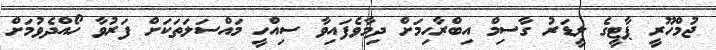
ޖުމްހޫރީ ޕާޓީގެ ލީޑަރު ގާސިމް އިބްރާހިމަށް ދިމާވެފައިވާ ސިއްހީ މައްސަލަތަކަށް ފަރުވާ ހޯއްދެވުމަށް